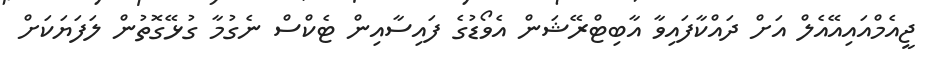
ޖީއެމްއައިއޭއެލް އަށް ދައްކާފައިވާ އާބިޓްރޭޝަން އެވޯޑުގެ ފައިސާއިން ޓެކްސް ނެގުމާ ގުޅޭގޮތުން ލަފަޔަކަށް